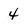
Character: 4